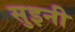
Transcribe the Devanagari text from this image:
सुइनी